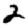
Digit: 2